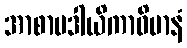
အာစာမဒါယိကာဝိမာနံ